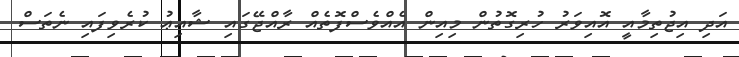
އަދި އިޖުތިމާއީ އޮއިވަރު ހުރިގޮތުން މިއިން އެއްވެސްފޮތެއް ރާއްޖޭގައި ޝާއިޢު ކުރެވިފައި ނެތަސް